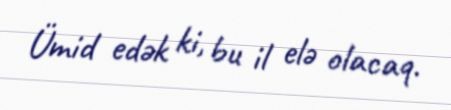
Ümid edək ki, bu il elə olacaq.